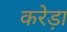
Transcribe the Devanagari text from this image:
करेड़ा